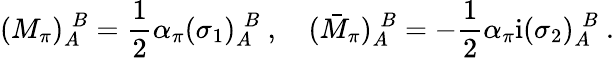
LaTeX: (M_{\pi})_{A}^{\; B}=\frac{1}{2}\alpha_{\pi}(\sigma_{1})_{A}^{\; B}\ ,\quad(\bar{M}_{\pi})_{A}^{\; B}=-\frac{1}{2}\alpha_{\pi}\mathrm{i}(\sigma_{2})_{A}^{\; B}\ .